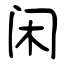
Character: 闲